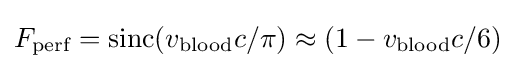
F_{\text{perf}}=\operatorname {sinc} (v_{\text{blood}}c/\pi )\approx (1-v_{\text{blood}}c/6)